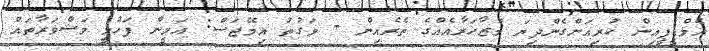
އެމްޑީޕީއިން ކުރިއަށްގެންދިޔަ މުޒާހަރާއެއްގެ ތެރެއިން - ވަގުތު އިމޭޖަސް: އަމީން ފަހުމީ މަޝްވަރާތައް